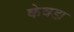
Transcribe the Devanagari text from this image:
केवडा़